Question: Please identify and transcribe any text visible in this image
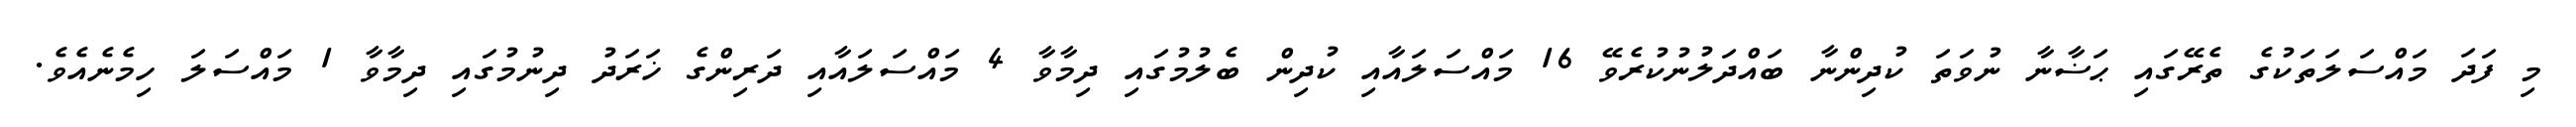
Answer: މި ފަދަ މައްސަލަތަކުގެ ތެރޭގައި ޙަޟާނާ ނުވަތަ ކުދިންނާ ބައްދަލުނުކުރެވޭ 16 މައްސަލައާއި ކުދިން ބެލުމުގައި ދިމާވާ 4 މައްސަލައާއި ދަރިންގެ ޚަރަދު ދިނުމުގައި ދިމާވާ 1 މައްސަލަ ހިމެނެއެވެ.